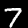
Digit: 7